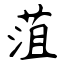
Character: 菹